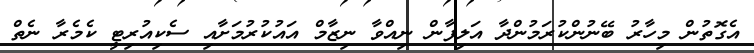
އެގޮތުން މިހާރު ބޭނުންކުރަމުންދާ އަލިފާން ނިއްވާ ނިޒާމް އައުކުރުމަށާއި ސެކިއުރިޓީ ކެމެރާ ނެތް